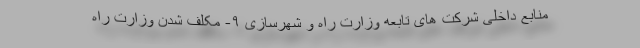
منابع داخلی شرکت های تابعه وزارت راه و شهرسازی ۹- مکلف شدن وزارت راه